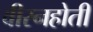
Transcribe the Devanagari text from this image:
वीरनहोती